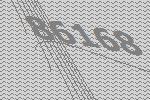
86168